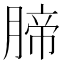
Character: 腣